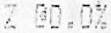
Z @0.0%